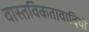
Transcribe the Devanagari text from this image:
वास्तविकतावादियों